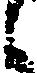
し